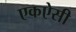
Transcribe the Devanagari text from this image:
एकऐसी